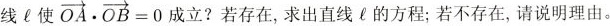
线C使 $$\overrightarrow { O A } \cdot